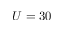
U = 3 0